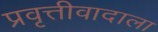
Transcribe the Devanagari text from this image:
प्रवृत्तीवादाला